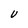
Character: U